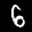
Label: 6